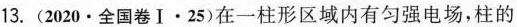
13.(2020·全国卷Ⅰ·25)在一柱形区域内有匀强电场，柱的